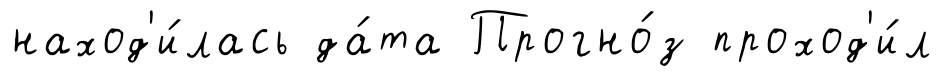
наход'и́лась да́та Прогно́з проход'и́л